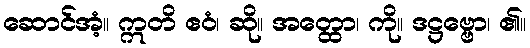
ဆောင်အံ့။ ဣတိ ဧဝံ၊ ဆို။ အတ္ထော၊ ကို။ ဒဋ္ဌဗ္ဗော၊ ၏။